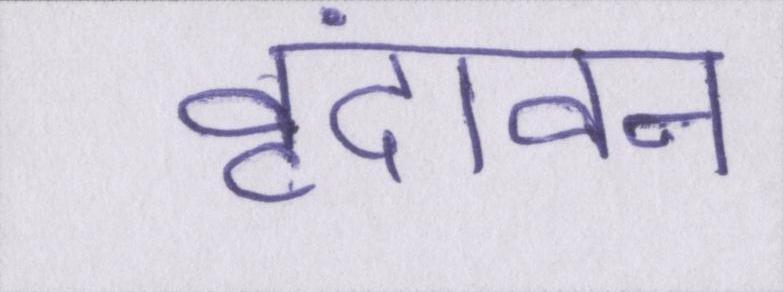
वृंदावन